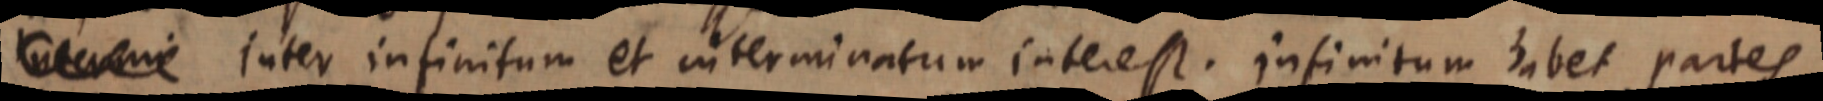
_ Inter infinitum et interminatum interest. Infinitum habet partes